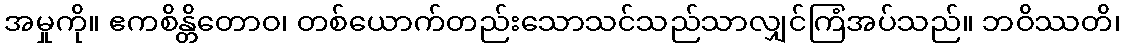
အမှုကို။ ဧကစိန္တိတောဝ၊ တစ်ယောက်တည်းသောသင်သည်သာလျှင်ကြံအပ်သည်။ ဘဝိဿတိ၊